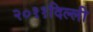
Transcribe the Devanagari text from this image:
२०११दिल्ली